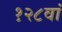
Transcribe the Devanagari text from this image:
१२८वां